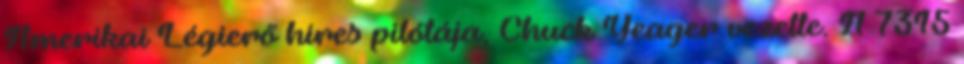
Amerikai Légierő híres pilótája, Chuck Yeager vezette. A 7315